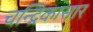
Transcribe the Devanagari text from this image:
चन्द्रिकासार